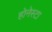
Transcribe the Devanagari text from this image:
होनेस्टा